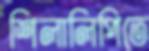
শিলালিপিতে